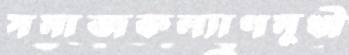
সমাজকল্যাণমুখী